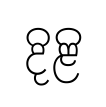
දිළි